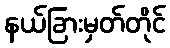
နယ်ခြားမှတ်တိုင်